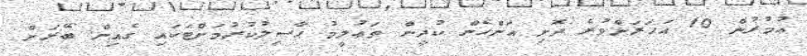
ޢުމުރުން 10 އަހަރަށްވުރެ ދޮށި އަންހެން ކުދީން ތަޢުލީމު ޙާސިލުކުރުމަށްޓަކައި ގެއިން ބޭރަށް